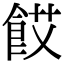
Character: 餀